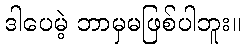
ဒါပေမဲ့ ဘာမှမဖြစ်ပါဘူး။